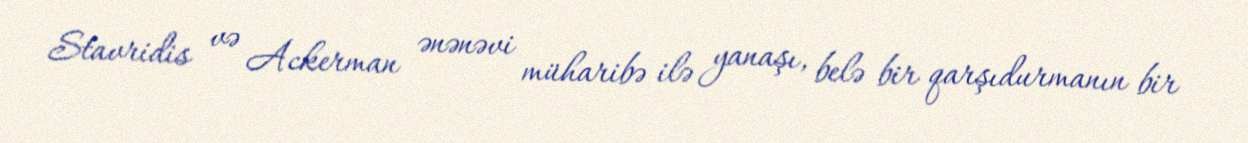
Stavridis və Ackerman ənənəvi müharibə ilə yanaşı, belə bir qarşıdurmanın bir